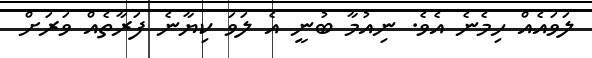
ލަވައެއް ހިމެނެ އެވެ. ނިއުމާ ބުނީ އެ ލަވަ ކިޔާނެ ފަރާތެއް ވަރަށް